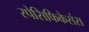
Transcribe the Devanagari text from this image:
स्पेसिफिकेसंस